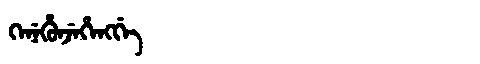
Manchu: ᡴᡝᠨᡝᡥᡠᠨᠵᡝᡥᡝᠩᡤᡝ
Romanization: KENEHUNJEHENGGE